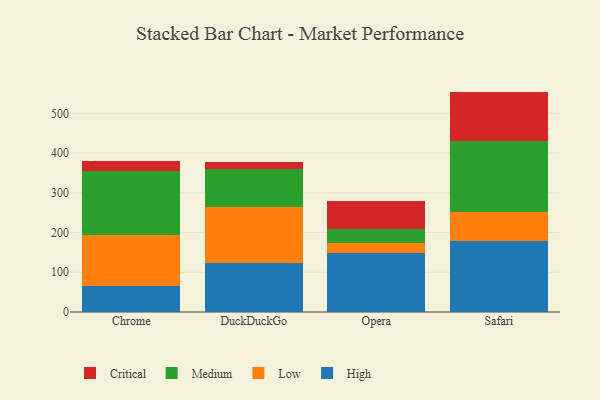
{"axis": {"x": "Browser", "y": "Shipments"}, "legend": ["Critical", "High", "Low", "Medium"], "data": [{"x": "Chrome", "y": 65.2, "type": "High"}, {"x": "Chrome", "y": 129.6, "type": "Low"}, {"x": "Chrome", "y": 160.9, "type": "Medium"}, {"x": "Chrome", "y": 24.9, "type": "Critical"}, {"x": "DuckDuckGo", "y": 123.8, "type": "High"}, {"x": "DuckDuckGo", "y": 139.2, "type": "Low"}, {"x": "DuckDuckGo", "y": 97.2, "type": "Medium"}, {"x": "DuckDuckGo", "y": 18.4, "type": "Critical"}, {"x": "Opera", "y": 147.8, "type": "High"}, {"x": "Opera", "y": 24.8, "type": "Low"}, {"x": "Opera", "y": 37.5, "type": "Medium"}, {"x": "Opera", "y": 70.2, "type": "Critical"}, {"x": "Safari", "y": 179.3, "type": "High"}, {"x": "Safari", "y": 72.6, "type": "Low"}, {"x": "Safari", "y": 177.9, "type": "Medium"}, {"x": "Safari", "y": 124.8, "type": "Critical"}]}